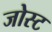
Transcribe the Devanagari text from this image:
जोस्ट